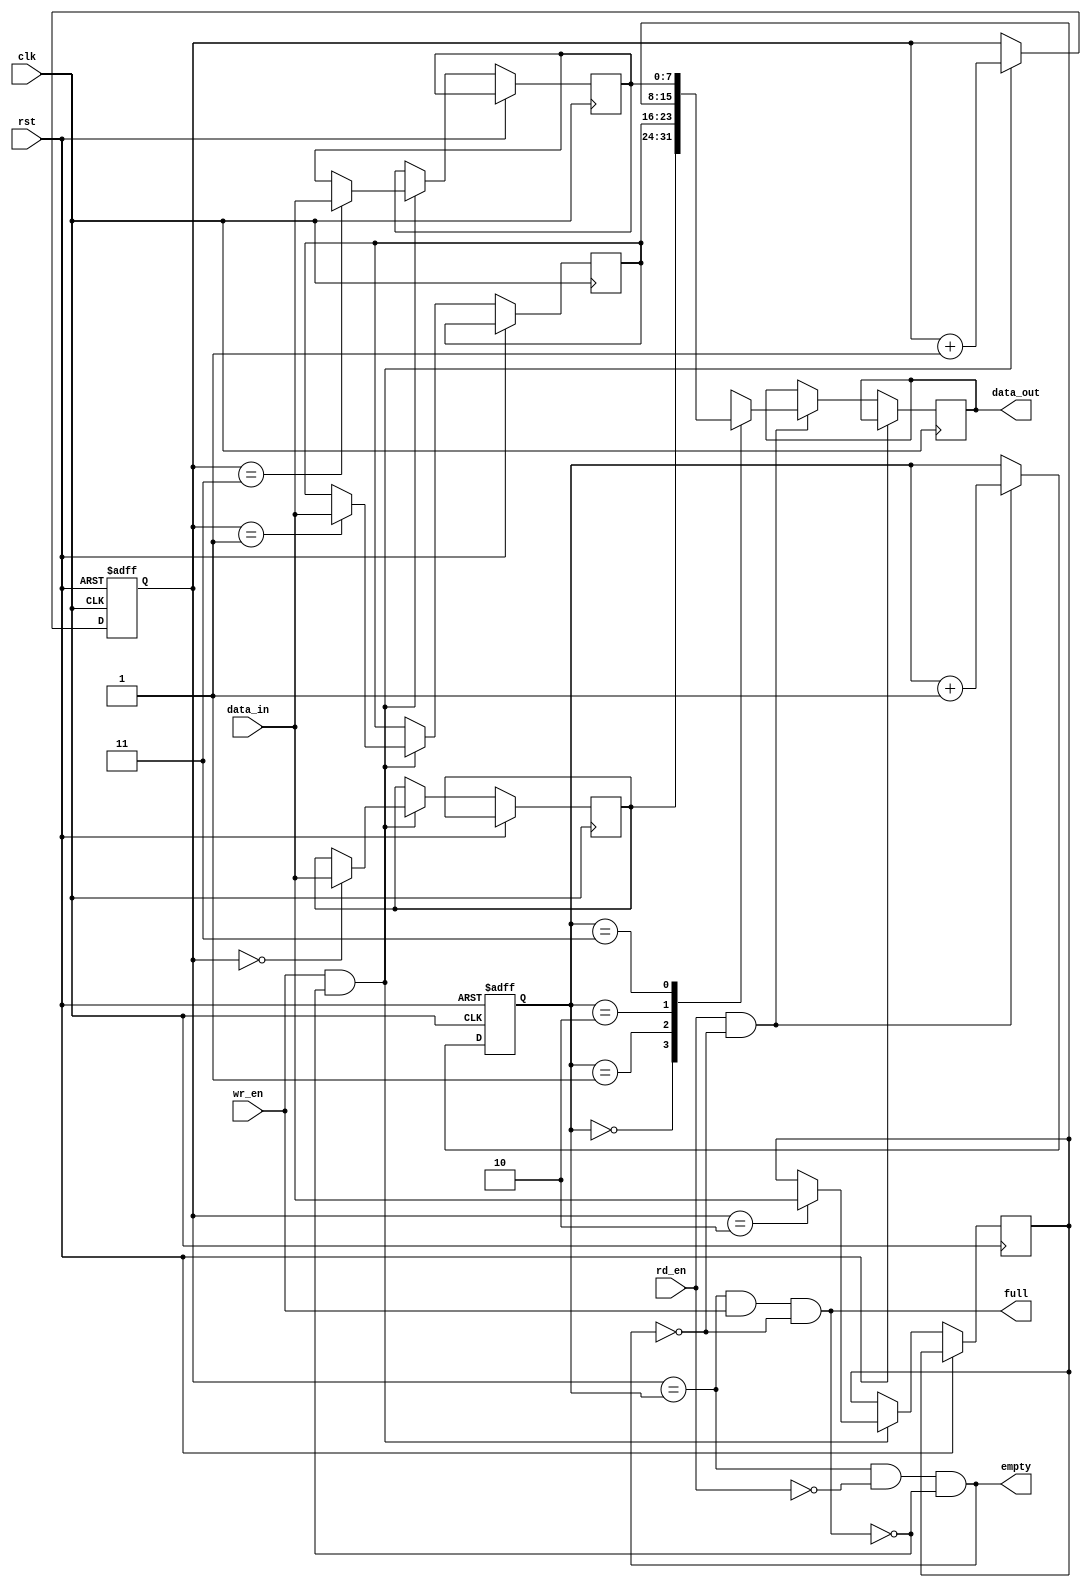
module async_fifo (
    input wire clk,
    input wire rst,
    input wire wr_en,
    input wire rd_en,
    input wire [7:0] data_in,
    output reg [7:0] data_out,
    output wire full,
    output wire empty
);

reg [7:0] memory [3:0];
reg [1:0] wr_ptr, rd_ptr;

assign full = wr_ptr == rd_ptr && wr_en && ~empty;
assign empty = wr_ptr == rd_ptr && ~rd_en && ~full;

always @(posedge clk or posedge rst) begin
    if (rst) begin
        wr_ptr <= 2'b00;
        rd_ptr <= 2'b00;
    end else begin
        if (wr_en && ~full) begin
            memory[wr_ptr] <= data_in;
            wr_ptr <= wr_ptr + 1;
        end
        if (rd_en && ~empty) begin
            data_out <= memory[rd_ptr];
            rd_ptr <= rd_ptr + 1;
        end
    end
end

endmodule